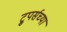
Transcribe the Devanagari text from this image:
ट्रुपर्सच्या